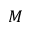
M